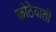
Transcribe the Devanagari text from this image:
कोठेवाली